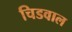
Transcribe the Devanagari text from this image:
चिडवाल